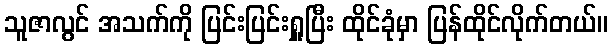
သူဇာလွင် အသက်ကို ပြင်းပြင်းရှူပြီး ထိုင်ခုံမှာ ပြန်ထိုင်လိုက်တယ်။